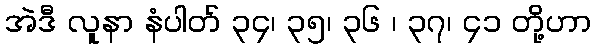
အဲဒီ လူနာ နံပါတ် ၃၄၊ ၃၅၊ ၃၆ ၊ ၃၇၊ ၄၁ တို့ဟာ